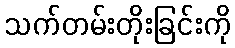
သက်တမ်းတိုးခြင်းကို